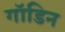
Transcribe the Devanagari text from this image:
गॉडिन